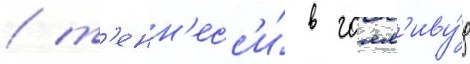
/ т'енн'есс'и́ в голл'иву́д